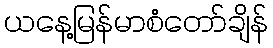
ယနေ့မြန်မာစံတော်ချိန်